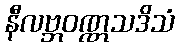
နီလဗ္ဘဝဏ္ဏသဒိသံ